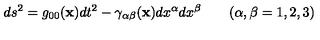
d s ^ { 2 } = g _ { 0 0 } ( { \bf x } ) d t ^ { 2 } - \gamma _ { \alpha \beta } ( { \bf x } ) d x ^ { \alpha } d x ^ { \beta } \qquad ( \alpha , \beta = 1 , 2 , 3 )